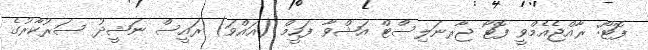
ފޮޓޯ: ރާއްޖެއެމްވީ ފޮޓޯ ޖާރނަލިސްޓް އަޝްވާ ފަހީމް (އައްވަ) ރައީސް ނަޝީދު ސަރުކާރުގެ